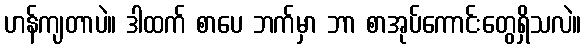
ဟန်ကျတာပဲ။ ဒါထက် စာပေ ဘက်မှာ ဘာ စာအုပ်ကောင်းတွေရှိသလဲ။